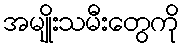
အမျိုးသမီးတွေကို